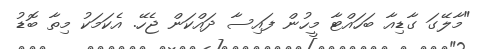
"މާލޭގަ ގާޑިއާ ބަހައްޓާ މީހުން ފައިސާ ދައްކަން ޖެހޭ. އެކަމަކު މިތާ ބޮޑު